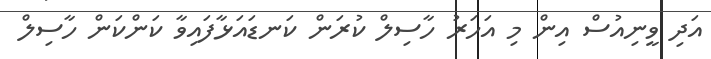
އަދި ވީނިއުސް އިން މި އަހަރު ހާސިލް ކުރަން ކަނޑައަޅާފައިވާ ކަންކަން ހާސިލް